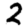
Digit: 2